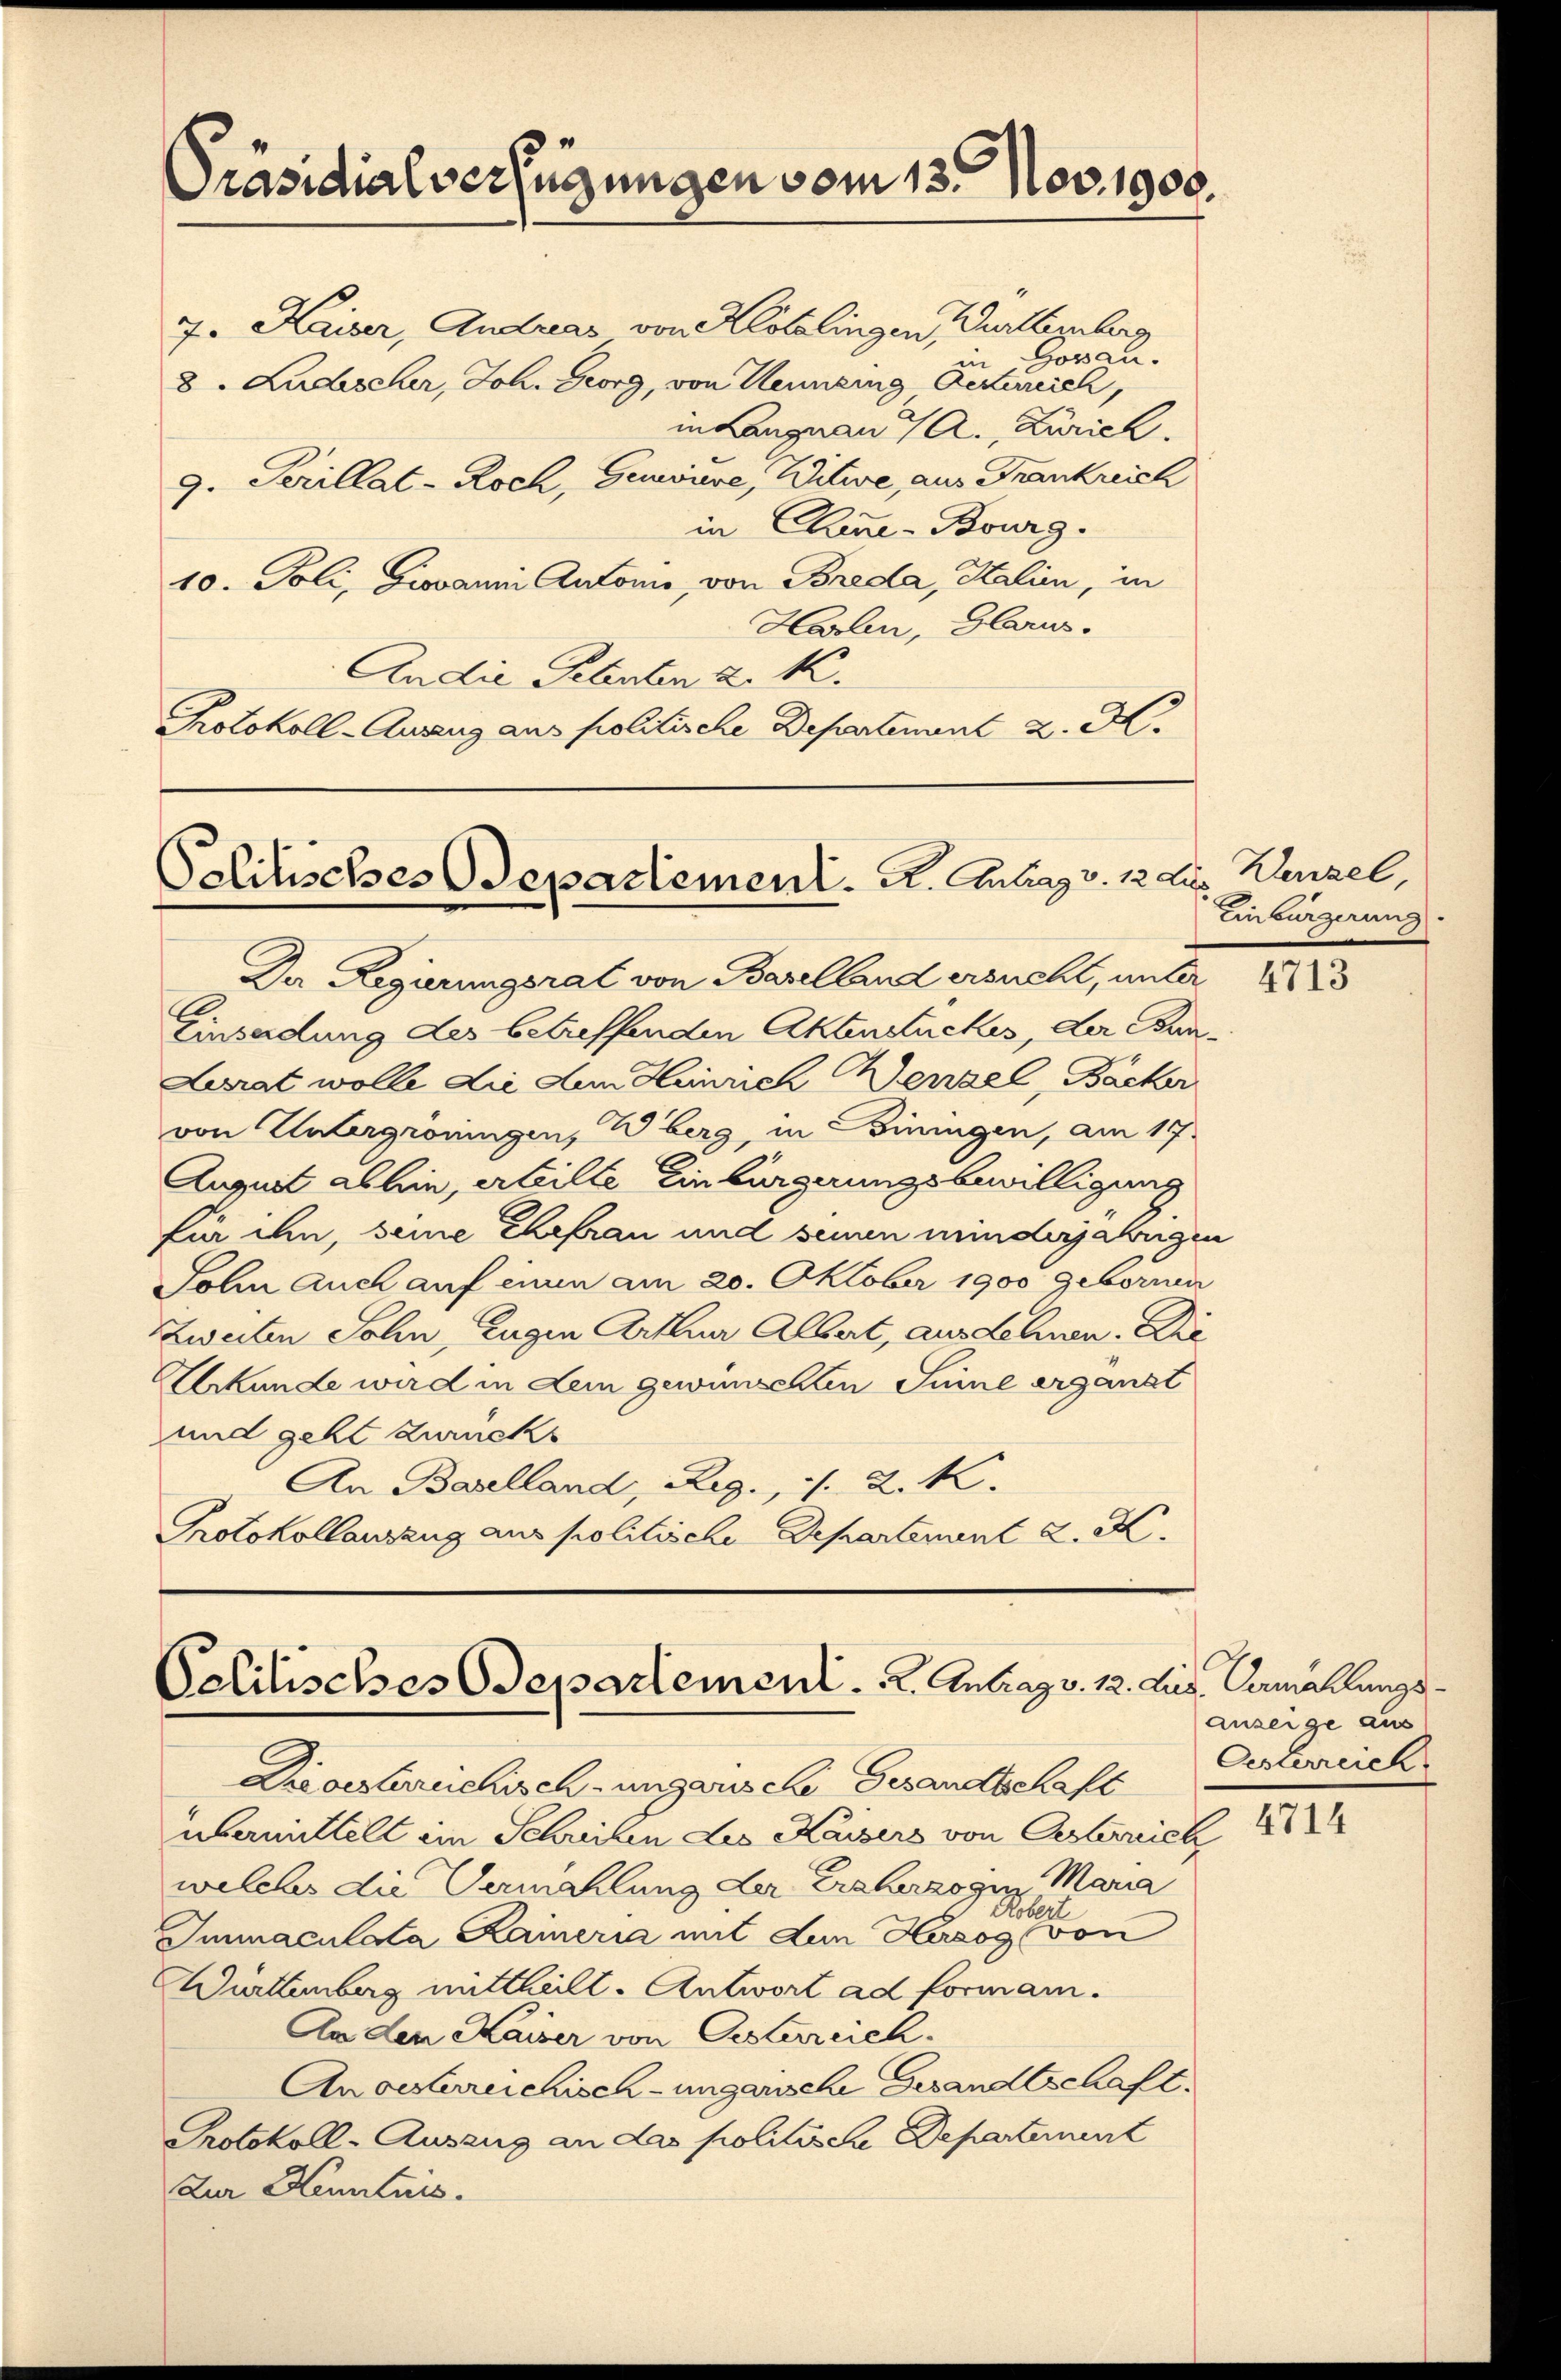
Präsidialverfügungen vom 13. Nov. 1908.

7. Kaiser, Andreas von Klötzlingen, Gurtenberg
in Gossau.
8. Ludescher, Joh. Georg, von Kenneng Ackereich,
in Langnau A., Zürich.
9. Serillat-Roch, Geviere, Witwe, aus Frankreich
in Chine-Bourg.
10. Poli, Giovanni Antonie, von Breda, Kalien, in
Harlin, Glarus.
Andie Petenten u. k.
Protokoll-Auszug aus politische Departement z. B.

Politisches Departement. A. Antrag v. 12. Let

Da Regierungsrat von Baselland ersucht, unter
Einsendung des betreffenden Aktenstückes, der Bun¬
Lurat wolle die dem Heinrich erzel, Bäcker
von Untergröningen, Weberg, in iningen, am 17.
August allein, erteilte Einbürgerungsbewilligung
für ihn, seine Ehefrau und seinen minderjahrgen
Sohn auch auf einen am 20. Oktober 1900 gebornen
Zweiten Sohn, Eugen Arthur Albert, ausdehnen. Die
Urkunde wird in dem gewünschten Sinne ergänzt
und geht zurücks
An Baselland, Reg., s. Z. k.
Protokollauszug aus politische Departement d. M.

Politisches Departement . . . 2. Antrag v. 12. Aus Vermählungs¬

Wenzel
Einbürgerung

Dicostreichisch-ungarische Gesandtschaft
übermittelt im Schreiben des Kaisers von Oesternich
welcher die Vermählung der Erzherzogin Maria
Kobert
Immaculata Kameria mit dem Herzog von
Württemberg mittheilt. Antwort ad forman.
An den Kaiser von Oestereich
An oesterreichisch-ungarische Gesandtschaft.
Protokoll-Auszug an das politische Departement
Zur Kenntnis.

anzeige aus
Oesterreich
4714

4713